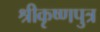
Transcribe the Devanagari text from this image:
श्रीकृष्णपुत्र